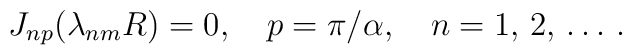
J_{np}(\lambda_{nm}R)=0,\quad p=\pi/\alpha,\quad n=1,\,2,\,\ldots\,{.}